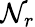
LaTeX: \mathcal{N}_{r}